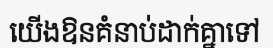
យើងឱនគំនាប់ដាក់គ្នាទៅ